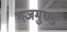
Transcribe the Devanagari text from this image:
गजमुण्ड